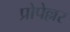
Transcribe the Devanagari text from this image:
प्रोपेल्लर